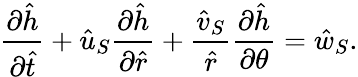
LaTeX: \frac{\partial\hat{h}}{\partial\hat{t}}+\hat{u}_{S}\frac{\partial\hat{h}}{\partial\hat{r}}+\frac{\hat{v}_{S}}{\hat{r}}\frac{\partial\hat{h}}{\partial\theta}=\hat{w}_{S}.